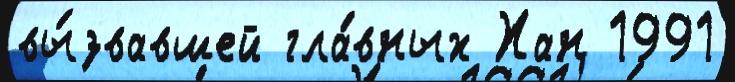
вы́звавшей гла́вных Хан 1991